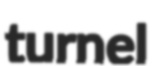
turnel